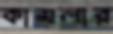
কামলার